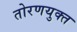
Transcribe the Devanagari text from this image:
तोरणयुक्त